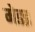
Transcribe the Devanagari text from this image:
मेडइ